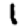
Digit: 1